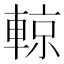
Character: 輬